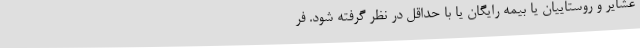
عشایر و روستاییان یا بیمه رایگان یا با حداقل در نظر گرفته شود. فر